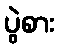
ပွဲစား